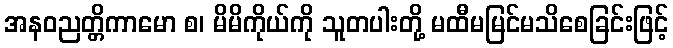
အနဝညတ္တိကာမော စ၊ မိမိကိုယ်ကို သူတပါးတို့ မထီမမြင်မသိစေခြင်းဖြင့်